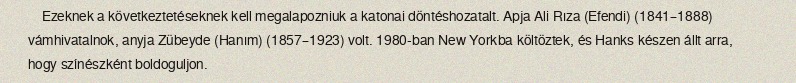
Ezeknek a következtetéseknek kell megalapozniuk a katonai döntéshozatalt. Apja Ali Rıza (Efendi) (1841–1888) vámhivatalnok, anyja Zübeyde (Hanım) (1857–1923) volt. 1980-ban New Yorkba költöztek, és Hanks készen állt arra, hogy színészként boldoguljon.